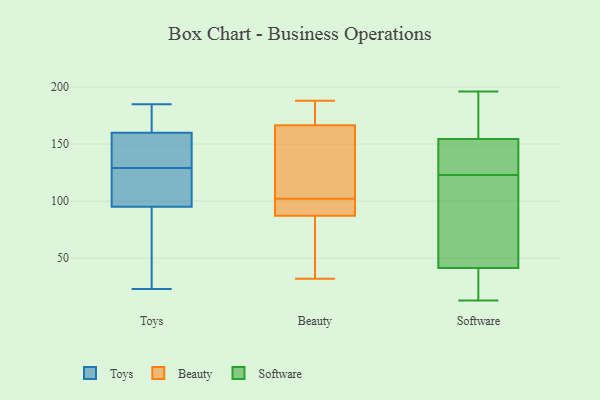
{"axis": {"x": "LTV (USD)", "y": "Value"}, "legend": ["Beauty", "Software", "Toys"], "data": [{"x": "", "y": 169, "type": "Toys"}, {"x": "", "y": 75, "type": "Toys"}, {"x": "", "y": 23, "type": "Toys"}, {"x": "", "y": 70, "type": "Toys"}, {"x": "", "y": 143, "type": "Toys"}, {"x": "", "y": 97, "type": "Toys"}, {"x": "", "y": 93, "type": "Toys"}, {"x": "", "y": 146, "type": "Toys"}, {"x": "", "y": 156, "type": "Toys"}, {"x": "", "y": 185, "type": "Toys"}, {"x": "", "y": 165, "type": "Toys"}, {"x": "", "y": 101, "type": "Toys"}, {"x": "", "y": 130, "type": "Toys"}, {"x": "", "y": 128, "type": "Toys"}, {"x": "", "y": 108, "type": "Toys"}, {"x": "", "y": 164, "type": "Toys"}, {"x": "", "y": 187, "type": "Beauty"}, {"x": "", "y": 168, "type": "Beauty"}, {"x": "", "y": 188, "type": "Beauty"}, {"x": "", "y": 102, "type": "Beauty"}, {"x": "", "y": 94, "type": "Beauty"}, {"x": "", "y": 32, "type": "Beauty"}, {"x": "", "y": 86, "type": "Beauty"}, {"x": "", "y": 44, "type": "Beauty"}, {"x": "", "y": 162, "type": "Beauty"}, {"x": "", "y": 91, "type": "Beauty"}, {"x": "", "y": 153, "type": "Beauty"}, {"x": "", "y": 123, "type": "Software"}, {"x": "", "y": 154, "type": "Software"}, {"x": "", "y": 156, "type": "Software"}, {"x": "", "y": 34, "type": "Software"}, {"x": "", "y": 13, "type": "Software"}, {"x": "", "y": 191, "type": "Software"}, {"x": "", "y": 121, "type": "Software"}, {"x": "", "y": 91, "type": "Software"}, {"x": "", "y": 16, "type": "Software"}, {"x": "", "y": 170, "type": "Software"}, {"x": "", "y": 196, "type": "Software"}, {"x": "", "y": 66, "type": "Software"}, {"x": "", "y": 44, "type": "Software"}, {"x": "", "y": 13, "type": "Software"}, {"x": "", "y": 149, "type": "Software"}, {"x": "", "y": 154, "type": "Software"}, {"x": "", "y": 144, "type": "Software"}]}